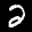
Digit: 2